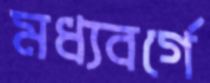
মধ্যবর্গে